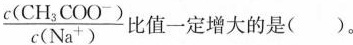
$$\ f r a c { c ( C H _ { 3 } C O O ^ { - } ) } { c ( N a ^ { + } ) }$$ 比值一定增大的是()。